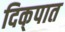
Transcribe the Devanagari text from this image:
दिक्‌पात